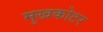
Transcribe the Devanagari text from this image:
मुखकोटर